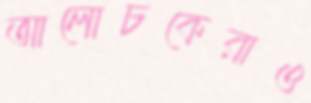
আলোচকেরাও